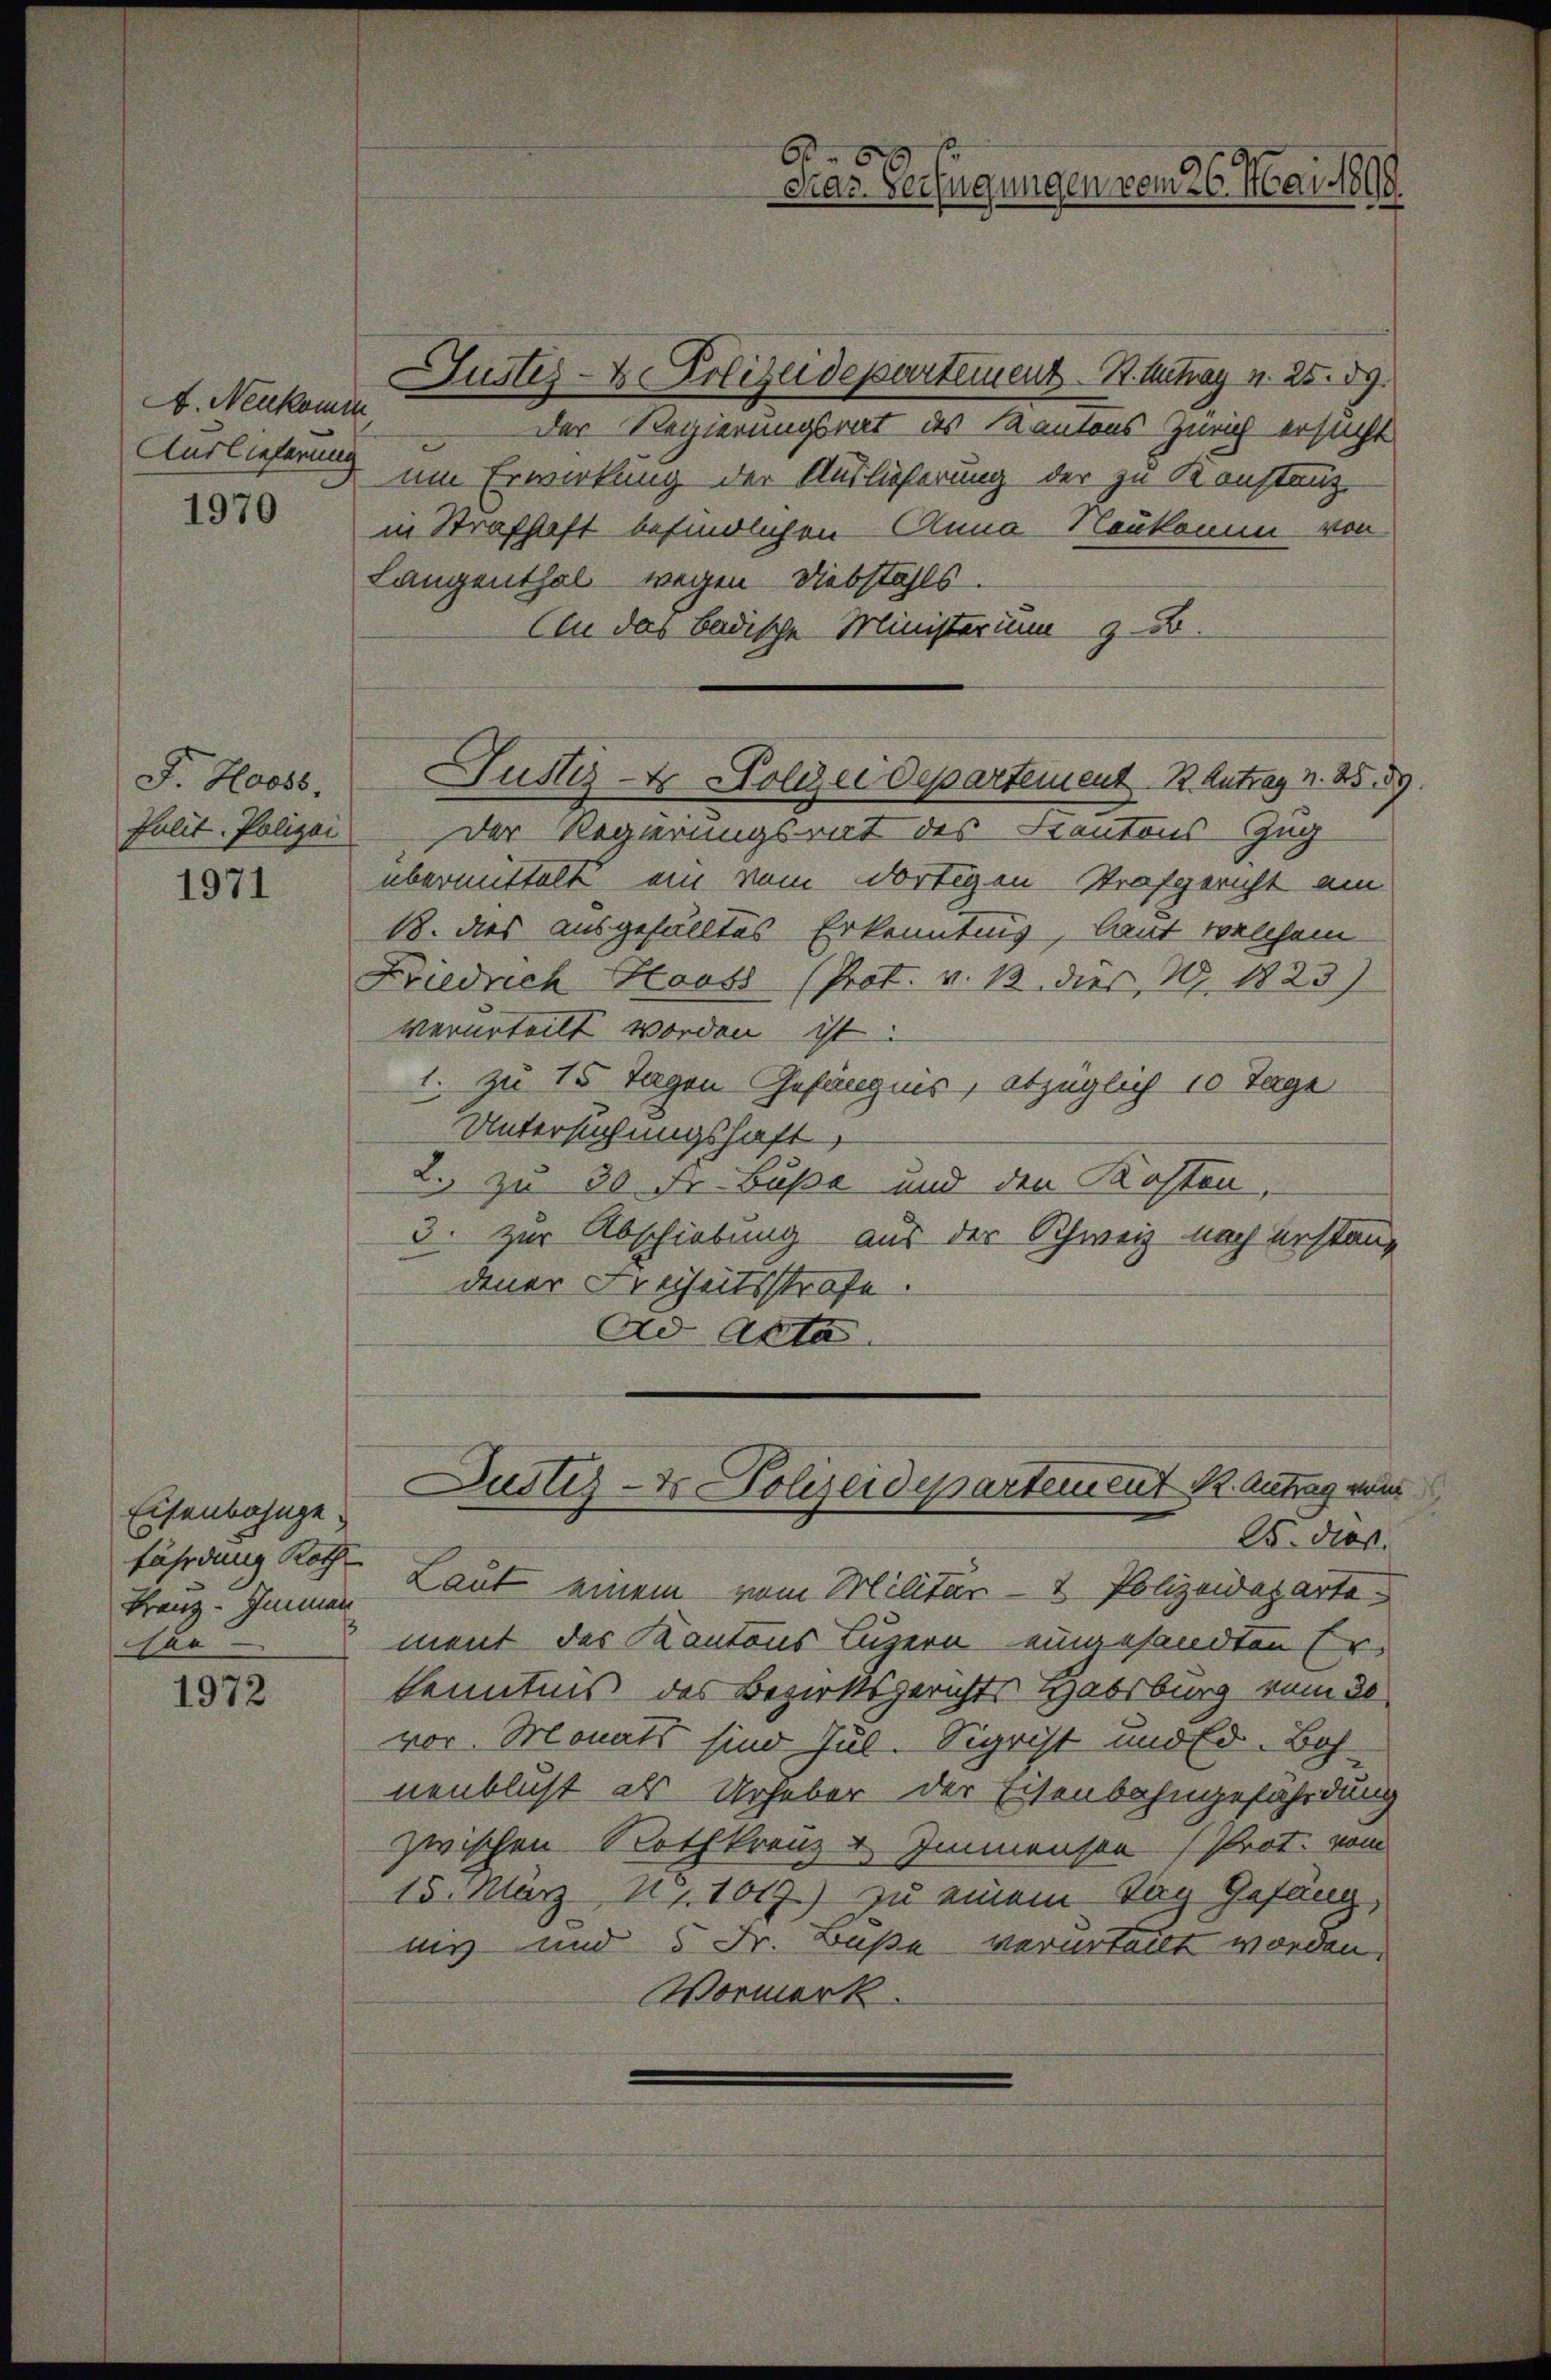
A. Neukomm
Auslieferung

1970

F. Hass,
Julit. Polizei

1971

Eisenbahnge
Franz. Imman
ur

1972

Justiz- & Polizeidepartement B. Antrag v. 25. 89.
Der Regierungsrat des Kantons Zürich ersucht
um Erwirkung der Auslieferung der zu Konstanz
in Strafhaft befindlichen Anna Neukomm von
Langenthal wegen Diebstahls.
(in das Badische Ministerium zu
Der Regierungsrat des Kantons Zug
übermittelt ein vom dortigen Strafgericht am
18. dies ausgefälltes Erkenntnis, laut welchem
Friedrich Houss (Prot. v. 13. dies I 1823)
verurteilt worden ist.
1. zu 15 Tagen Gefängnis, abzüglich 10 Tage
Untersuchungshaft,
2. zu 30 Fr. Busse und den Kosten,
3. zur Abschiebung aus der Schweiz noch erstanz
dener Freiheitsstrafe.
Ad Acta.

6
Pras. Verfügungen vom 26. Mai 1808.

Justiz- & Polizeidepartement 1. Antrag v. 2559.

fährdung Roth Laut einem vom Militär- & Polizeideparte
ment der Kantons Luzern eingesandten Er¬
Kenntnis des Bezirksgerichts Habsburg vom 30
vor. Monats sind Jul. Sigrist und Ed. Boh
nenblust als Urheber der Eisenbahngefährdung
zwischen Rothkranz von Immensen (Prot. vom
15. März 181019.) zu einem Tag Gefang,
nis und 5 Fr. Buße verurteilt worden.
Vormerk.

Justiz- & Polizeidepartement 12. Antrag von
25. dies

d